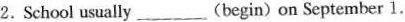
2. School usually ___ (begin) on September 1.